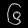
Digit: ၆